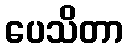
ပေသိတာ